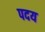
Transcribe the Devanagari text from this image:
पदय